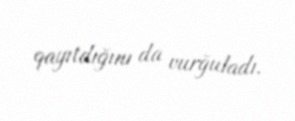
qayıtdığını da vurğuladı.